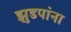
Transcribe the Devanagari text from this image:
झुडपांना